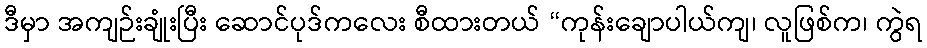
ဒီမှာ အကျဉ်းချုံးပြီး ဆောင်ပုဒ်ကလေး စီထားတယ် “ကုန်းချောပါယ်ကျ၊ လူဖြစ်က၊ ကွဲရ